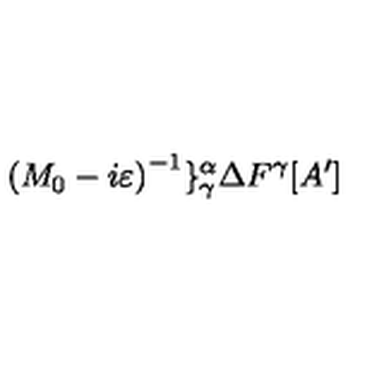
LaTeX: \left( M _ { 0 } - i \varepsilon \right) ^ { - 1 } \} _ { \gamma } ^ { \alpha } \Delta F ^ { \gamma } [ A ^ { \prime } ]